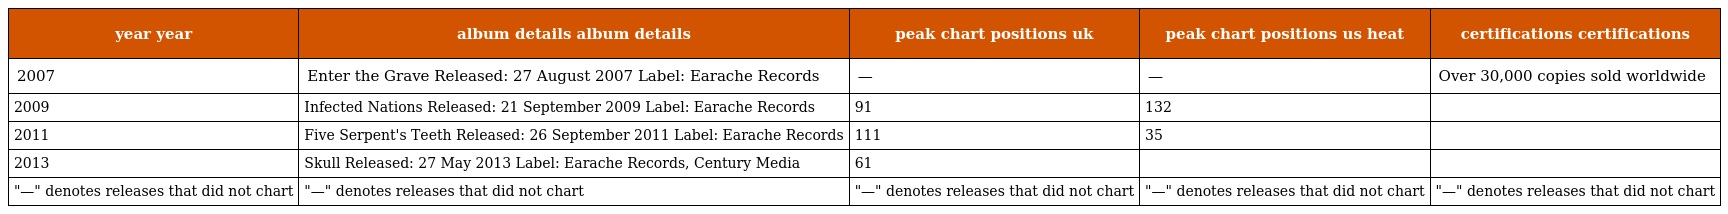
| year year | album details album details | peak chart positions uk | peak chart positions us heat | certifications certifications |
 | --- | --- | --- | --- | --- |
 | 2007 | Enter the Grave Released: 27 August 2007 Label: Earache Records | — | — | Over 30,000 copies sold worldwide |
 | 2009 | Infected Nations Released: 21 September 2009 Label: Earache Records | 91 | 132 |  |
 | 2011 | Five Serpent's Teeth Released: 26 September 2011 Label: Earache Records | 111 | 35 |  |
 | 2013 | Skull Released: 27 May 2013 Label: Earache Records, Century Media | 61 |  |  |
 | "—" denotes releases that did not chart | "—" denotes releases that did not chart | "—" denotes releases that did not chart | "—" denotes releases that did not chart | "—" denotes releases that did not chart |